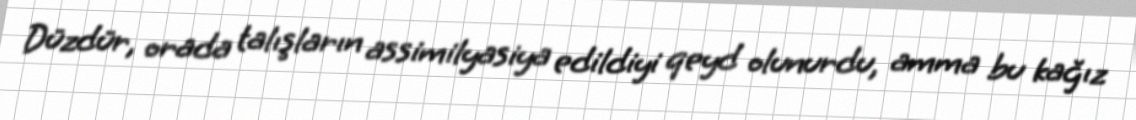
Düzdür, orada talışların assimilyasiya edildiyi qeyd olunurdu, amma bu kağız